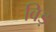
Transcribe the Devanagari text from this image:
विड़